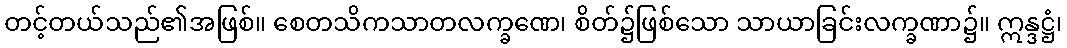
တင့်တယ်သည်၏အဖြစ်။ စေတသိကသာတလက္ခဏေ၊ စိတ်၌ဖြစ်သော သာယာခြင်းလက္ခဏာ၌။ ဣန္ဒဋ္ဌံ၊